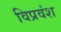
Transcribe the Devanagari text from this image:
विप्रवंश